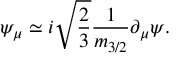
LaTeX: \psi _ { \mu } \simeq i \sqrt { \frac { 2 } { 3 } } \frac { 1 } { m _ { 3 / 2 } } \partial _ { \mu } \psi .